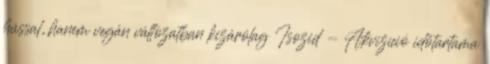
hússal, hanem vegán változatban kizárólag Isozid - Akvizíció időtartama